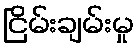
ငြိမ်းချမ်းမှု